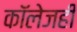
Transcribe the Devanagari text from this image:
काॅलेजही